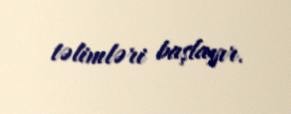
təlimləri başlayır.